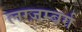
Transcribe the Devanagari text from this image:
लग्ज़म्बर्ग